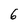
Character: 6